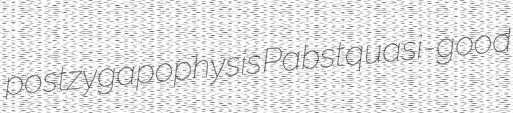
postzygapophysis Pabst quasi-good